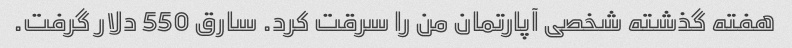
هفته گذشته شخصی آپارتمان من را سرقت کرد. سارق 550 دلار گرفت.